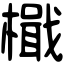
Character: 檝